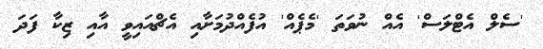
'ސެލް އެޓްލަސް' އެއް ނުވަތަ 'މެޕެއް' އުފެއްދުމަށާއި އެޗްއައިވީ އާއި ޒިކާ ފަދަ